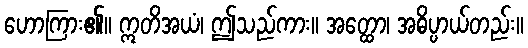
ဟောကြား၏။ ဣတိအယံ၊ ဤသည်ကား။ အတ္ထော၊ အဓိပ္ပာယ်တည်း။